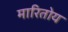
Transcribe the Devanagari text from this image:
मारितोय